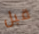
قبل